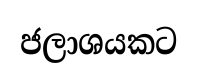
ජලාශයකට